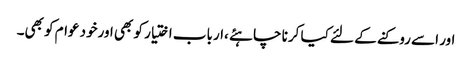
اور اسے روکنے کے لئے کیا کرنا چاہئے ،ارباب اختیار کو بھی اورخود عوام کو بھی۔